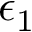
\epsilon _ { \mathrm { 1 } }